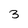
Character: 3